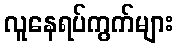
လူနေရပ်ကွက်များ